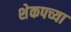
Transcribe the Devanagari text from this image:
शेकपच्या